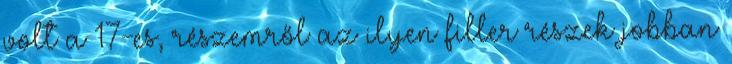
volt a 17-es, részemről az ilyen filler részek jobban